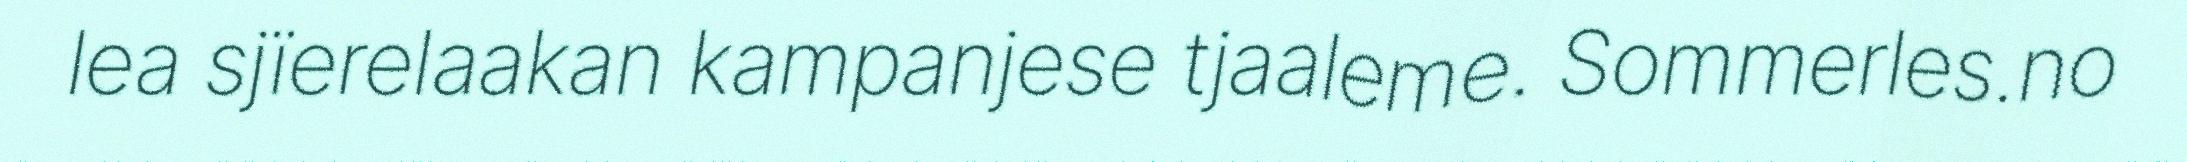
lea sjïerelaakan kampanjese tjaaleme. Sommerles.no